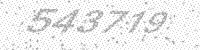
Solution: 543719